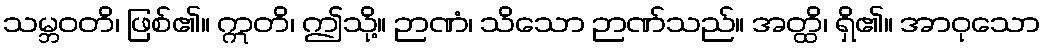
သမ္ဘဝတိ၊ ဖြစ်၏။ ဣတိ၊ ဤသို့။ ဉာဏံ၊ သိသော ဉာဏ်သည်။ အတ္ထိ၊ ရှိ၏။ အာဝုသော